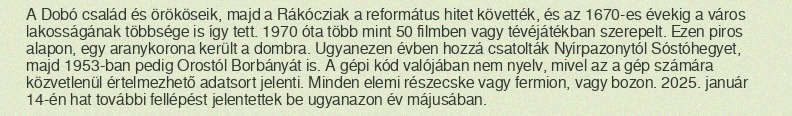
A Dobó család és örököseik, majd a Rákócziak a református hitet követték, és az 1670-es évekig a város lakosságának többsége is így tett. 1970 óta több mint 50 filmben vagy tévéjátékban szerepelt. Ezen piros alapon, egy aranykorona került a dombra. Ugyanezen évben hozzá csatolták Nyírpazonytól Sóstóhegyet, majd 1953-ban pedig Orostól Borbányát is. A gépi kód valójában nem nyelv, mivel az a gép számára közvetlenül értelmezhető adatsort jelenti. Minden elemi részecske vagy fermion, vagy bozon. 2025. január 14-én hat további fellépést jelentettek be ugyanazon év májusában.